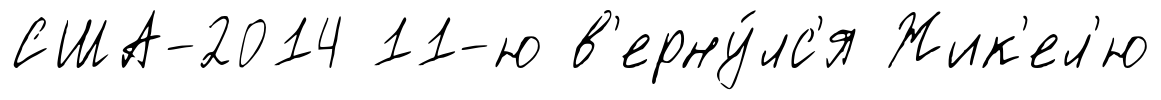
США-2014 11-ю в'ерну́лс'я Жик'ел'ю